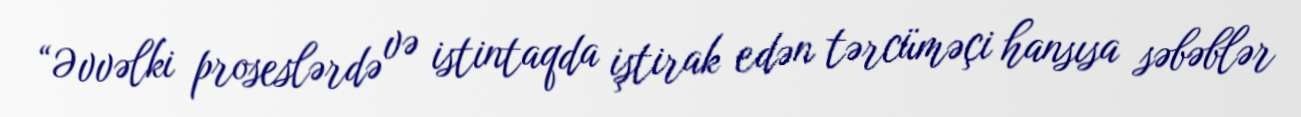
“Əvvəlki proseslərdə və istintaqda iştirak edən tərcüməçi hansısa səbəblər